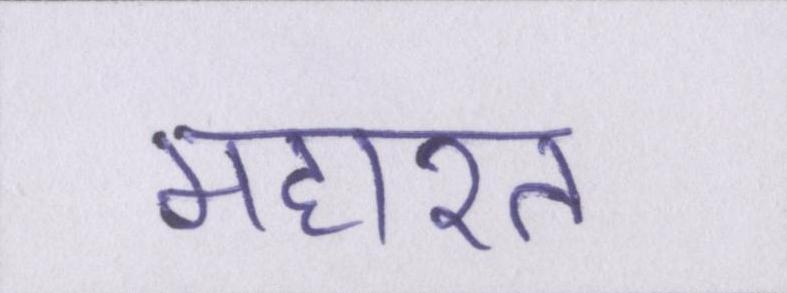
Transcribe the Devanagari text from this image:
महारत